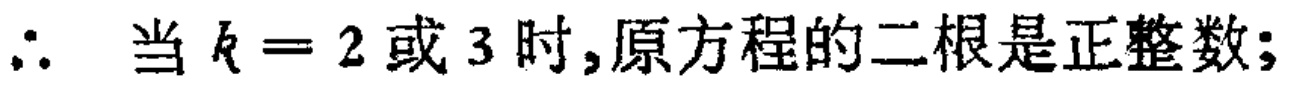
$\therefore$ 当 $k = 2$ 或 $3$ 时,原方程的二根是正整数;